Lunatic asylums Punjab 1911-1921 - 1911-1921
Year: 1911
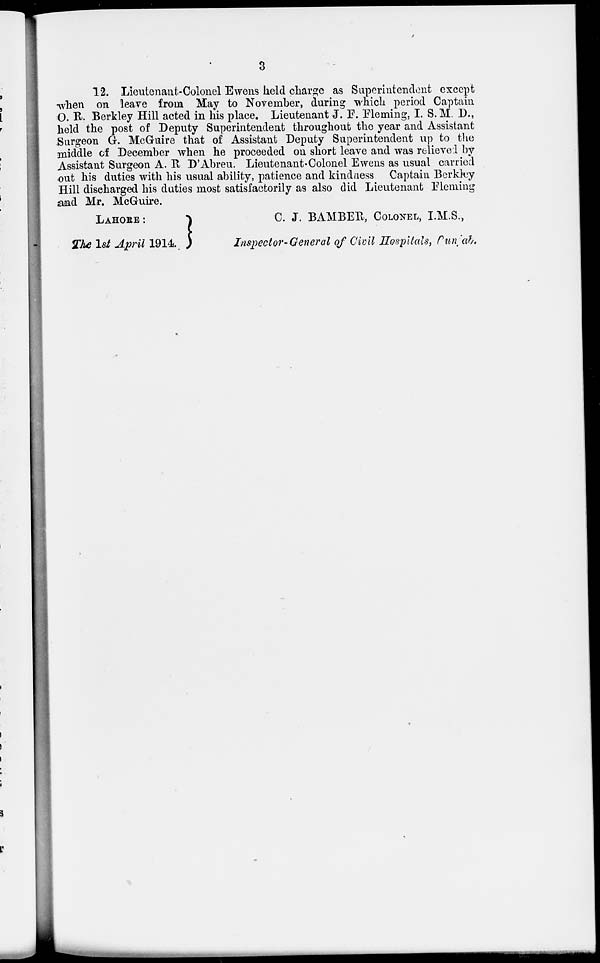
3
12. Lieutenant-Colonel Ewens held charge as Superintendent except
when on leave from May to November, during which period Captain
O. R. Berkley Hill acted in his place. Lieutenant J. F. Fleming. I. S.M. D.,
held the post of Deputy Superintendent throughout the year and Assistant
Surgeon G. McGuire that of Assistant Deputy Superintendent up to the
middle of December when he proceeded on short leave and was relieved by
Assistant Surgeon A. R D'Abreu. Lieutenant-Colonel Ewens as usual carried
out his duties with his usual ability, patience and kindness Captain Berkley
Hill discharged his duties most satisfactorily as also did Lieutenant Fleming
and Mr. McGuire.
LAHORE :
The 1st April 1914.
C. J. BAMBER, COLONEL, I.M.S.,
Inspector-General of Civil Hospitals, Punjab.